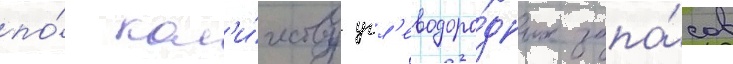
по́ кол'и́честву угл'еводоро́дных запа́сов